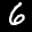
Label: 6